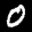
Label: 0